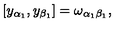
\left[ y _ { \alpha _ { 1 } } , y _ { \beta _ { 1 } } \right] = \omega _ { \alpha _ { 1 } \beta _ { 1 } } ,